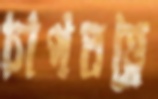
চাপতত্ত্বে